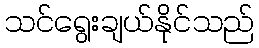
သင်ရွေးချယ်နိုင်သည်